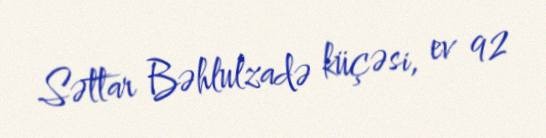
Səttar Bəhlulzadə küçəsi, ev 92